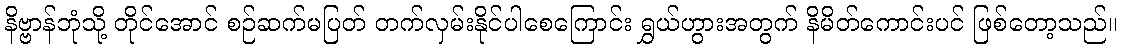
နိဗ္ဗာန်ဘုံသို့ တိုင်အောင် စဉ်ဆက်မပြတ် တက်လှမ်းနိုင်ပါစေကြောင်း ရွှယ်ဟွားအတွက် နိမိတ်ကောင်းပင် ဖြစ်တော့သည်။